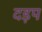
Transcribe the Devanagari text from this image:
दड़प